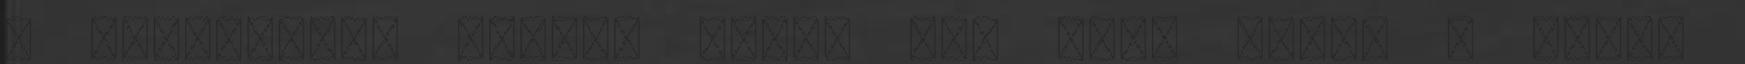
a gyógyítás, aminek során fel kell tárni a tudat